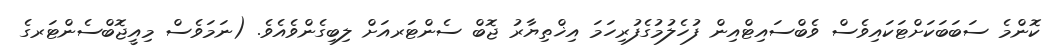
ކޮންމެ ސަބަބަކަށްޓަކައިވެސް ވެބްސައިޓްއިން ފުހެލުމުގެފުރިހަމަ އިޚްތިޔާރު ޖޮބް ސެންޓަރއަށް ލިބިގެންވެއެވެ. (ނަމަވެސް މިއީޖޮބްސެންޓަރގެ